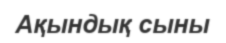
Ақындық сыны